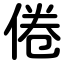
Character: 倦